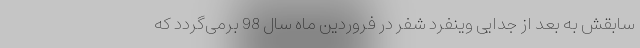
سابقش به بعد از جدایی وینفرد شفر در فروردین ماه سال 98 برمی‌گردد که